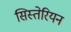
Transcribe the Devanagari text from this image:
सिस्तेरियन